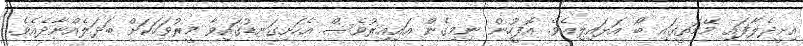
އިށީދެލާފައި މޭމަތީގައި ބޯ އަޅައިލިއެވެ. އޮފީހުން ނިމިގެން އައިއިރުވެސް އެހަށިގަނޑުގައިވާ މީރުވަހަކަށް ބަދަލެއްނާދެއެވެ.